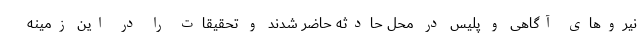
نیرو‌های آگاهی و پلیس در محل حادثه حاضر شدند و تحقیقات را در این زمینه